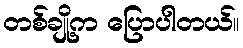
တစ်ချို့က ပြောပါတယ်။